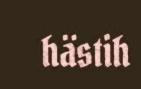
hästih